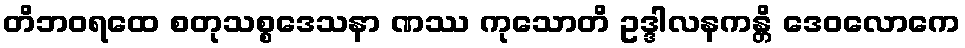
တိဘဝရထေ စတုသစ္စဒေသနာ ဏဿ ကုသောတိ ဥဒ္ဒါလနကန္တိ ဒေဝလောကေ